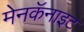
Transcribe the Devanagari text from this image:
मेनकॅनाइट